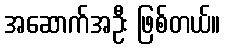
အဆောက်အဦး ဖြစ်တယ်။